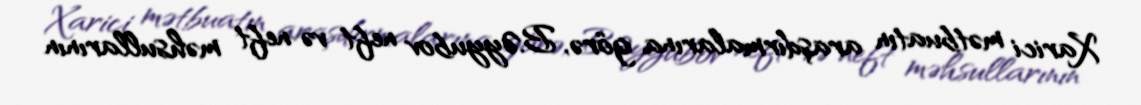
Xarici mətbuatın araşdırmalarına görə, B.Əyyubov neft və neft məhsullarının